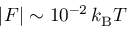
| { \cal F } | \sim 1 0 ^ { - 2 } \, k _ { \mathrm { B } } T